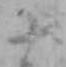
十